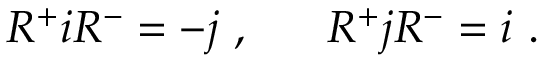
R ^ { + } i R ^ { - } = - j ~ , ~ ~ ~ ~ ~ R ^ { + } j R ^ { - } = i ~ .